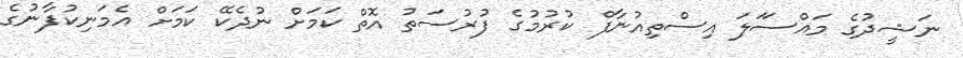
ނަޝީދުގެ މައްސަަލަ އިސްތިއުނާފް ކުރުމުގެ ފުުރުސަތު އޮތް ކަމަށް ނުދެކޭ ކަމަށް އެމަނިކުފާނުގެ